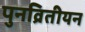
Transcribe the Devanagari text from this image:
पुनव्रितीयन